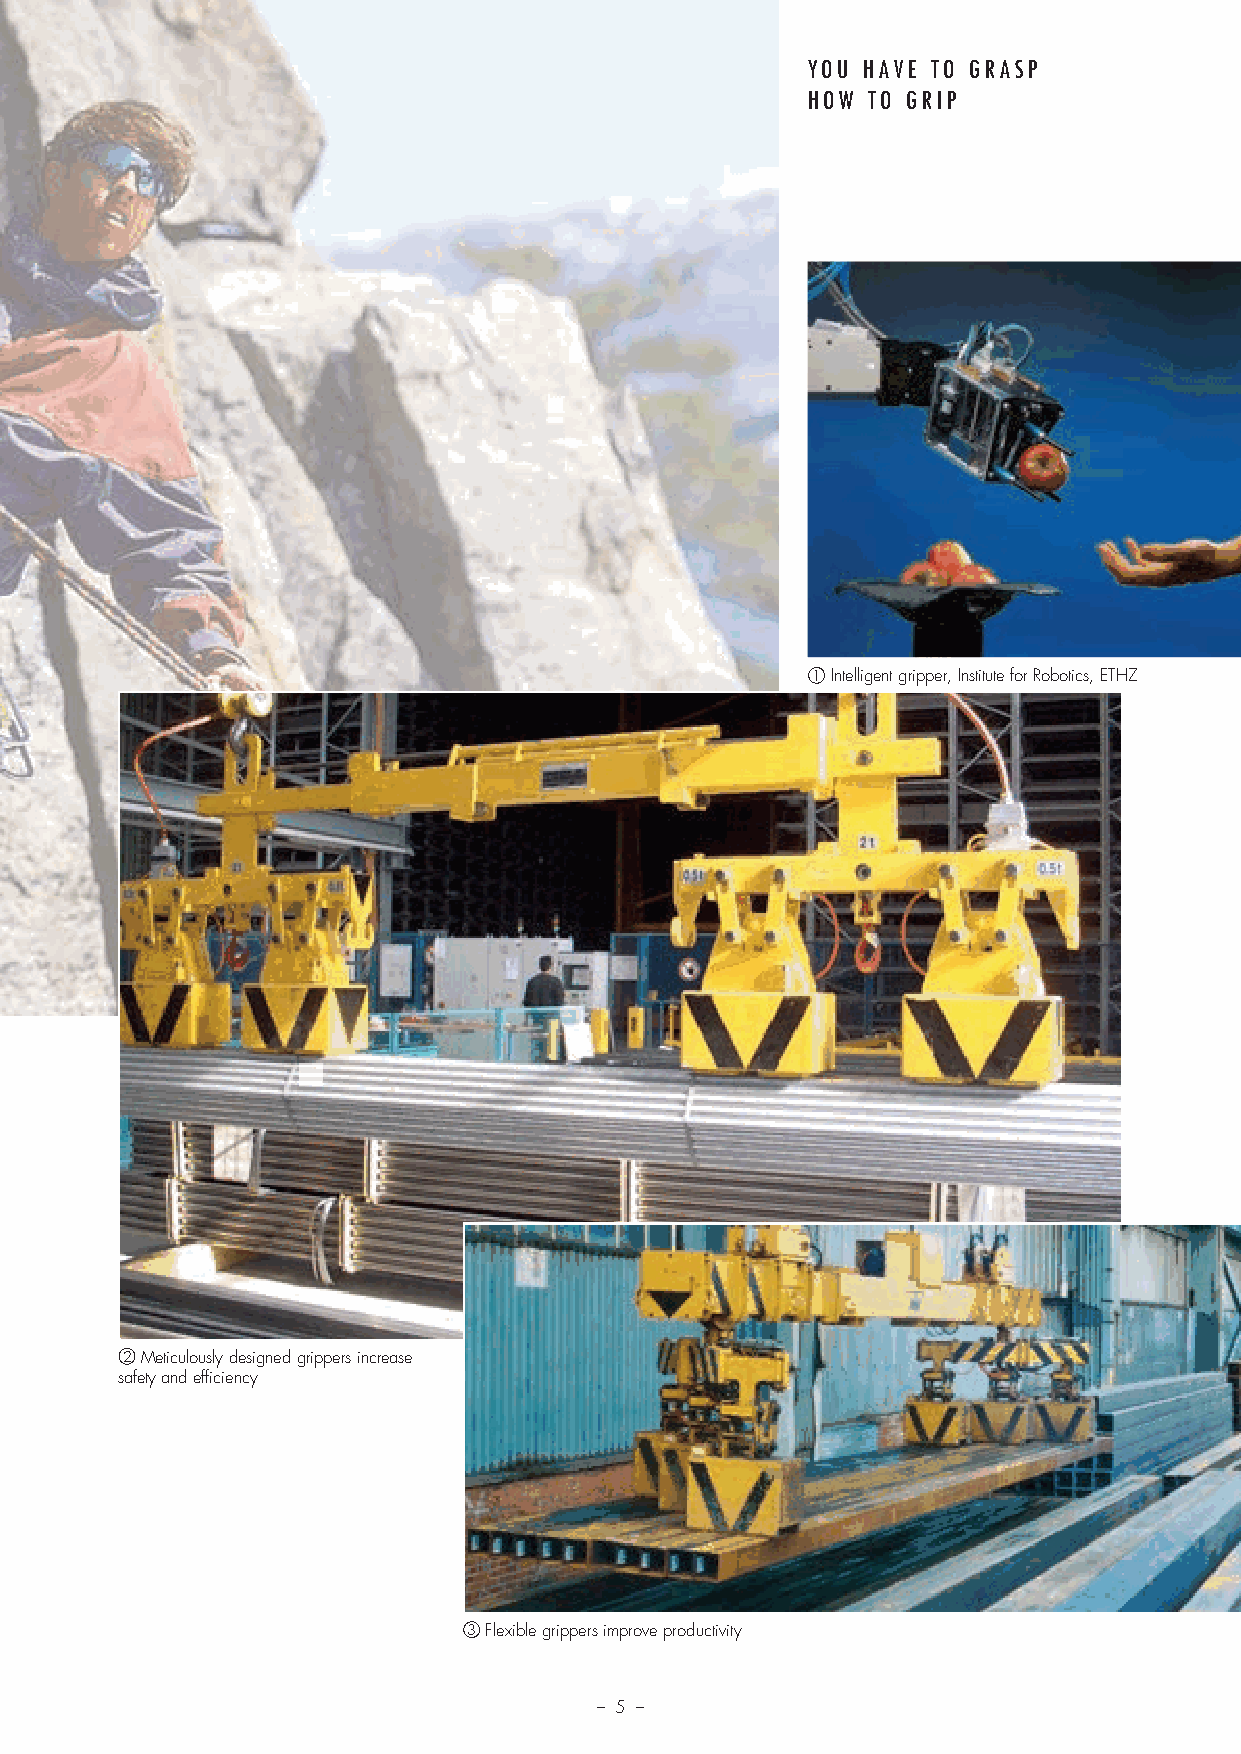
YOU HAVE TO GRASP
 HOW TO GRIP
 1 Intelligent gripper, Institute for Robotics, ETHZ
 2 Meticulously designed grippers increase
 safety and efficiency
 3 Flexible grippers improve productivity
 – 5 –
 Prosp Magnethebetech_v11.indd 5                                        08.12.11 13:56